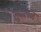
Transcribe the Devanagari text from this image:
सुफलन